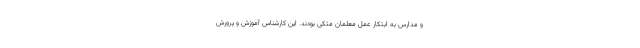
و مدارس به ابتکار عمل معلمان متکی بودند. این کارشناس آموزش و پرورش